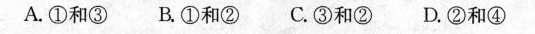
A.①和③ B.①和② C.③和② D.②和④